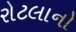
રોટલાનો